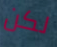
لكن